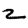
Digit: 2